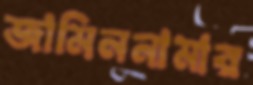
জামিননামার